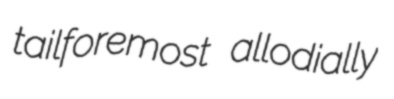
tailforemost allodially